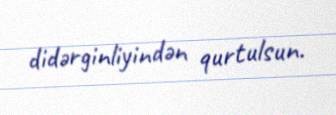
didərginliyindən qurtulsun.